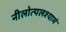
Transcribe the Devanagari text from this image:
नीलोत्पलश्यामं